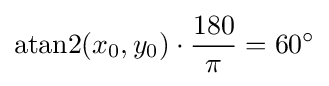
\mathrm {atan2} (x_{0},y_{0})\cdot {\frac {180}{\pi }}=60^{\circ }